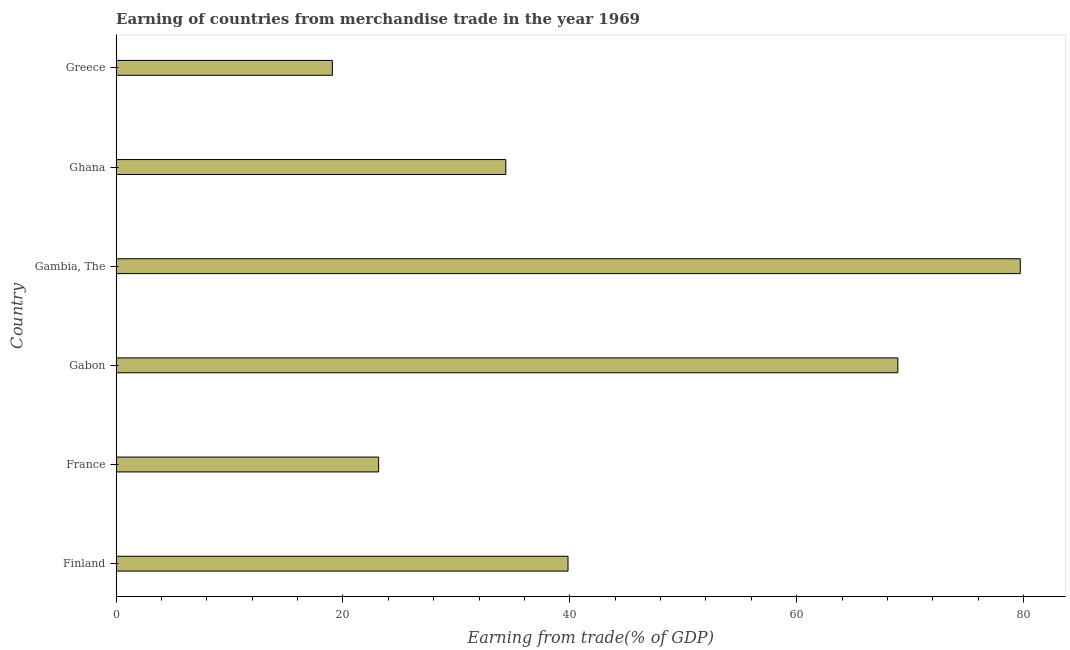
| Country | Merchandise trade |
 | --- | --- |
 | Finland | 39.8 |
 | France | 23.1 |
 | Gabon | 68.9 |
 | Gambia, The | 79.7 |
 | Ghana | 34.4 |
 | Greece | 19.1 |